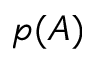
p ( A )